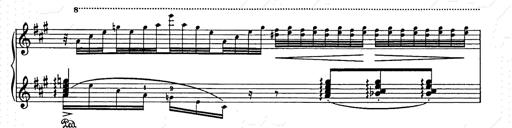
Title: Berceuse
Composer: Lucien Wurmser
Key: A major